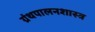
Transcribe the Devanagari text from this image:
ग्रंथपालनशास्त्र